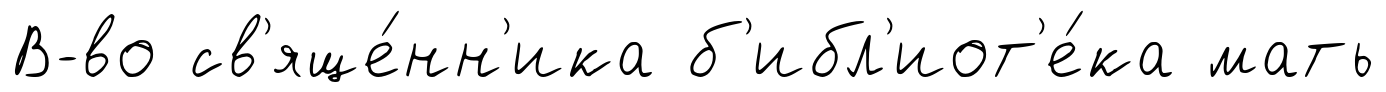
В-во св'яще́нн'ика б'ибл'иот'е́ка мать